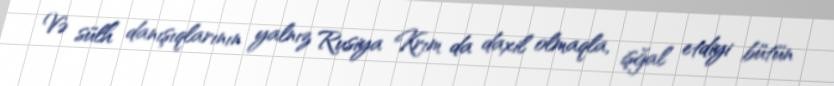
Və sülh danışıqlarının yalnız Rusiya Krım da daxil olmaqla, işğal etdiyi bütün